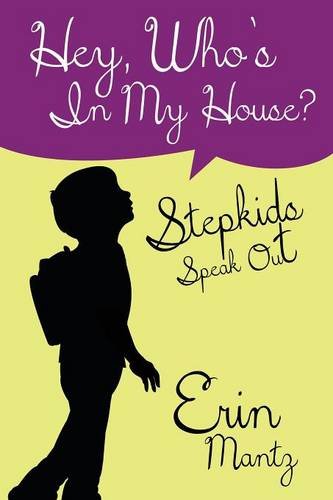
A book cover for Hey, Who's in My House? Stepkids Speak Out; Erin Mantz; Parenting & Relationships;